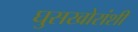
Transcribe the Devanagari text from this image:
घुसखोरांशी